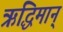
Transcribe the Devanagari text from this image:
ऋद्धिमान्‌